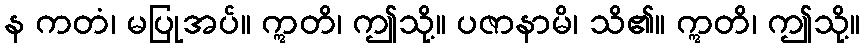
န ကတံ၊ မပြုအပ်။ ဣတိ၊ ဤသို့။ ပဇာနာမိ၊ သိ၏။ ဣတိ၊ ဤသို့။